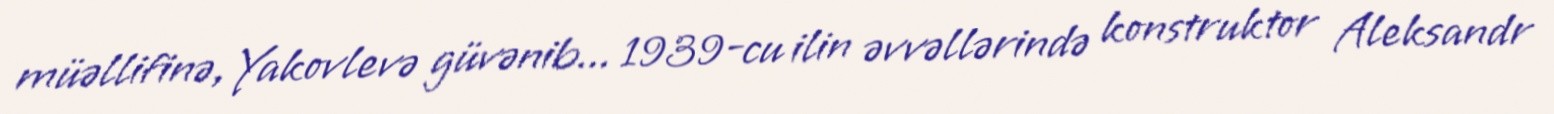
müəllifinə, Yakovlevə güvənib... 1939-cu ilin əvvəllərində konstruktor Aleksandr